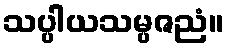
သပ္ပါယသမ္ပဇညံ။